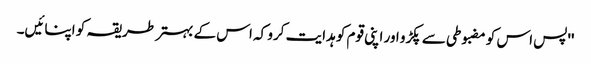
''پس اس کو مضبوطی سے پکڑو اور اپنی قوم کو ہدایت کرو کہ اس کے بہتر طریقہ کو اپنائیں۔